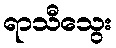
ရာသီသွေး